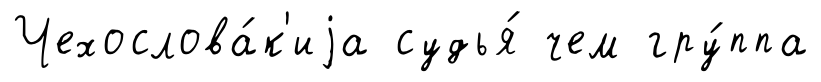
Чехослова́к'иjа судья́ чем гру́ппа